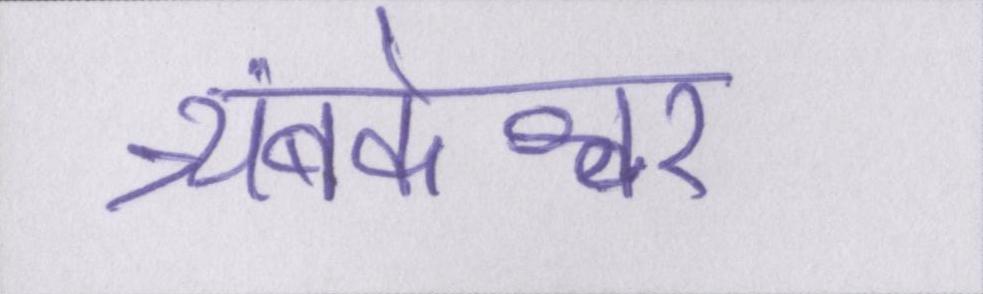
त्र्यंबकेश्वर